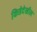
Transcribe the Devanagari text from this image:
किडेदेखील